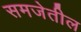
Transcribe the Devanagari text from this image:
समजेतील